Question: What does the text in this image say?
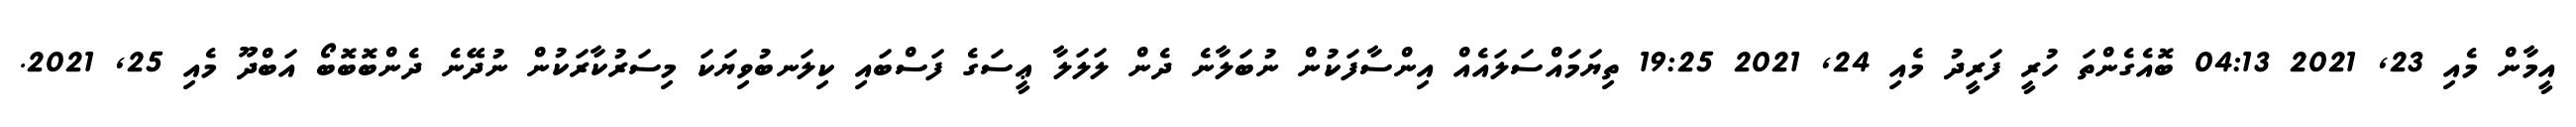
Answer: އީމާން މެއި 23, 2021 04:13 ބޮއެގެންތަ ހުރީ ފަރީދު މެއި 24, 2021 19:25 ތިޔަމައްސަލައެއް އިންސާފަކުން ނުބަލާނެ ދެން ލަލަލާ ޢީސަގެ ފަސްބައި ކިލަނބުވިޔަކަ މިސަރުކާރަކުން ނުދޭނެ ދެންބޮބޮބޯ އަބްދޫ މެއި 25, 2021.